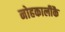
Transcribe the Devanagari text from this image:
नोहकालीकै